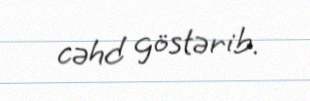
cəhd göstərib.